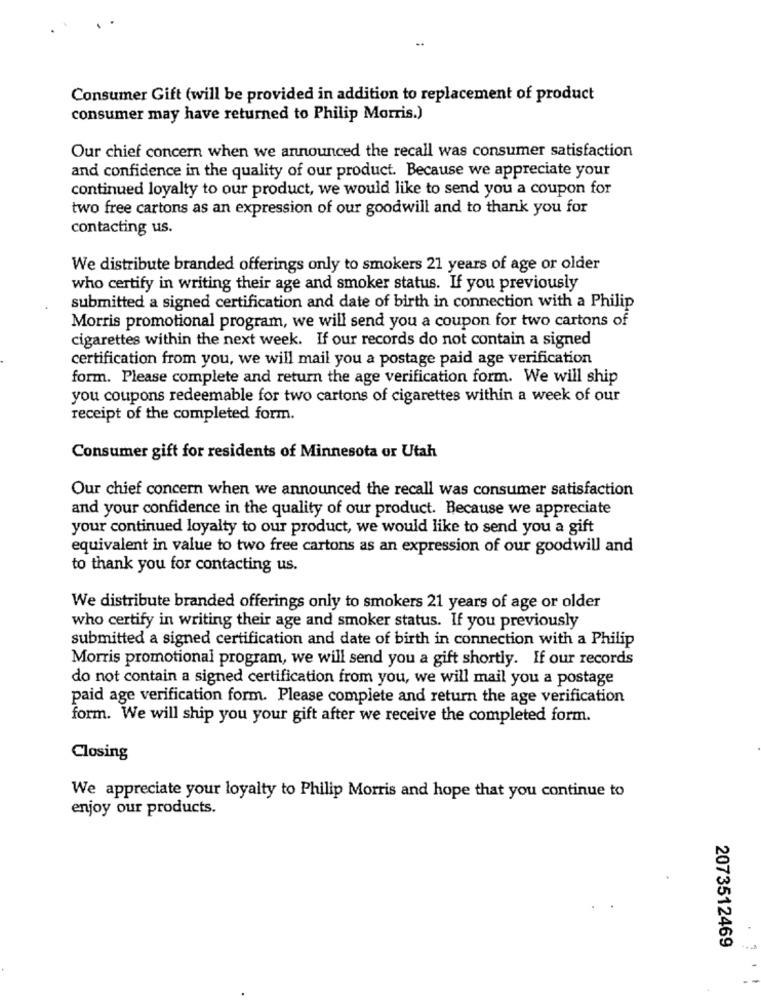
Consumer Gift (will be provided in addition to replacement of product
consumer may have returned to Philip Morris.)
Our chief concern when we announced the recall was consumer satisfaction
and confidence in the quality of our product. Because we appreciate your
continued loyalty to our product, we would like to send you a coupon for
two free cartons as an expression of our goodwill and to thank you for
contacting us.
We distribute branded offerings only to smokers 21 years of age or older
who certify in writing their age and smoker status. If you previously
submitted a signed certification and date of birth in connection with a Philip
Morris promotional program, we will send you a coupon for two cartons of
cigarettes within the next week. If our records do not contain a signed
certification from you, we will mail you a postage paid age verification
form. Please complete and return the age verification form. We will ship
you coupons redeemable for two cartons of cigarettes within a week of our
receipt of the completed form.
Consumer gift for residents of Minnesota or Utah
Our chief concern when we announced the recall was consumer satisfaction
and your confidence in the quality of our product. Because we appreciate
your continued loyalty to our product, we would like to send you a gift
equivalent in value to two free cartons as an expression of our goodwill and
to thank you for contacting us.
We distribute branded offerings only to smokers 21 years of age or older
who certify in writing their age and smoker status. If you previously
submitted a signed certification and date of birth in connection with a Philip
Morris promotional program, we will send you a gift shortly. If our records
do not contain a signed certification from you, we will mail you a postage
paid age verification form. Please complete and return the age verification
form. We will ship you your gift after we receive the completed form.
Closing
We appreciate your loyalty to Philip Morris and hope that you continue to
enjoy our products.
2073512469